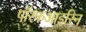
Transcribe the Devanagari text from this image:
पॉरफआइरिन